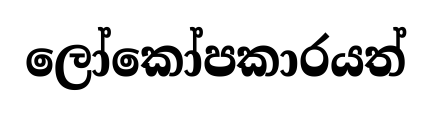
ලෝකෝපකාරයත්